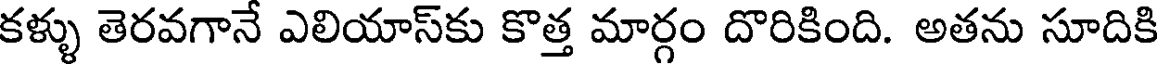
కళ్ళు తెరవగానే ఎలియాస్కు కొత్త మార్గం దొరికింది. అతను సూదికి